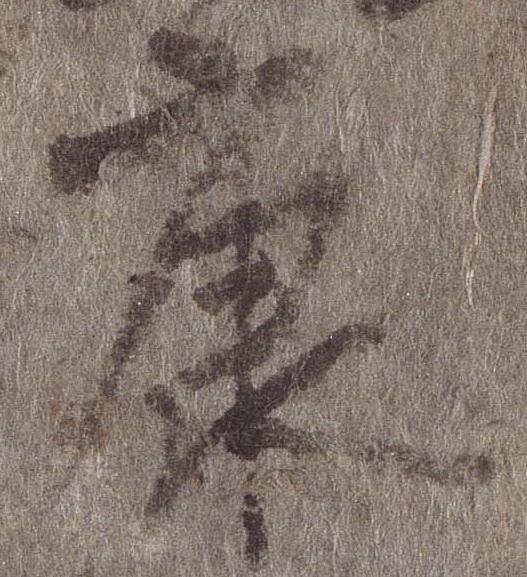
康